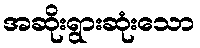
အဆိုးရွားဆုံးသော